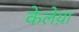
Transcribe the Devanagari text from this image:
केलेय़ा